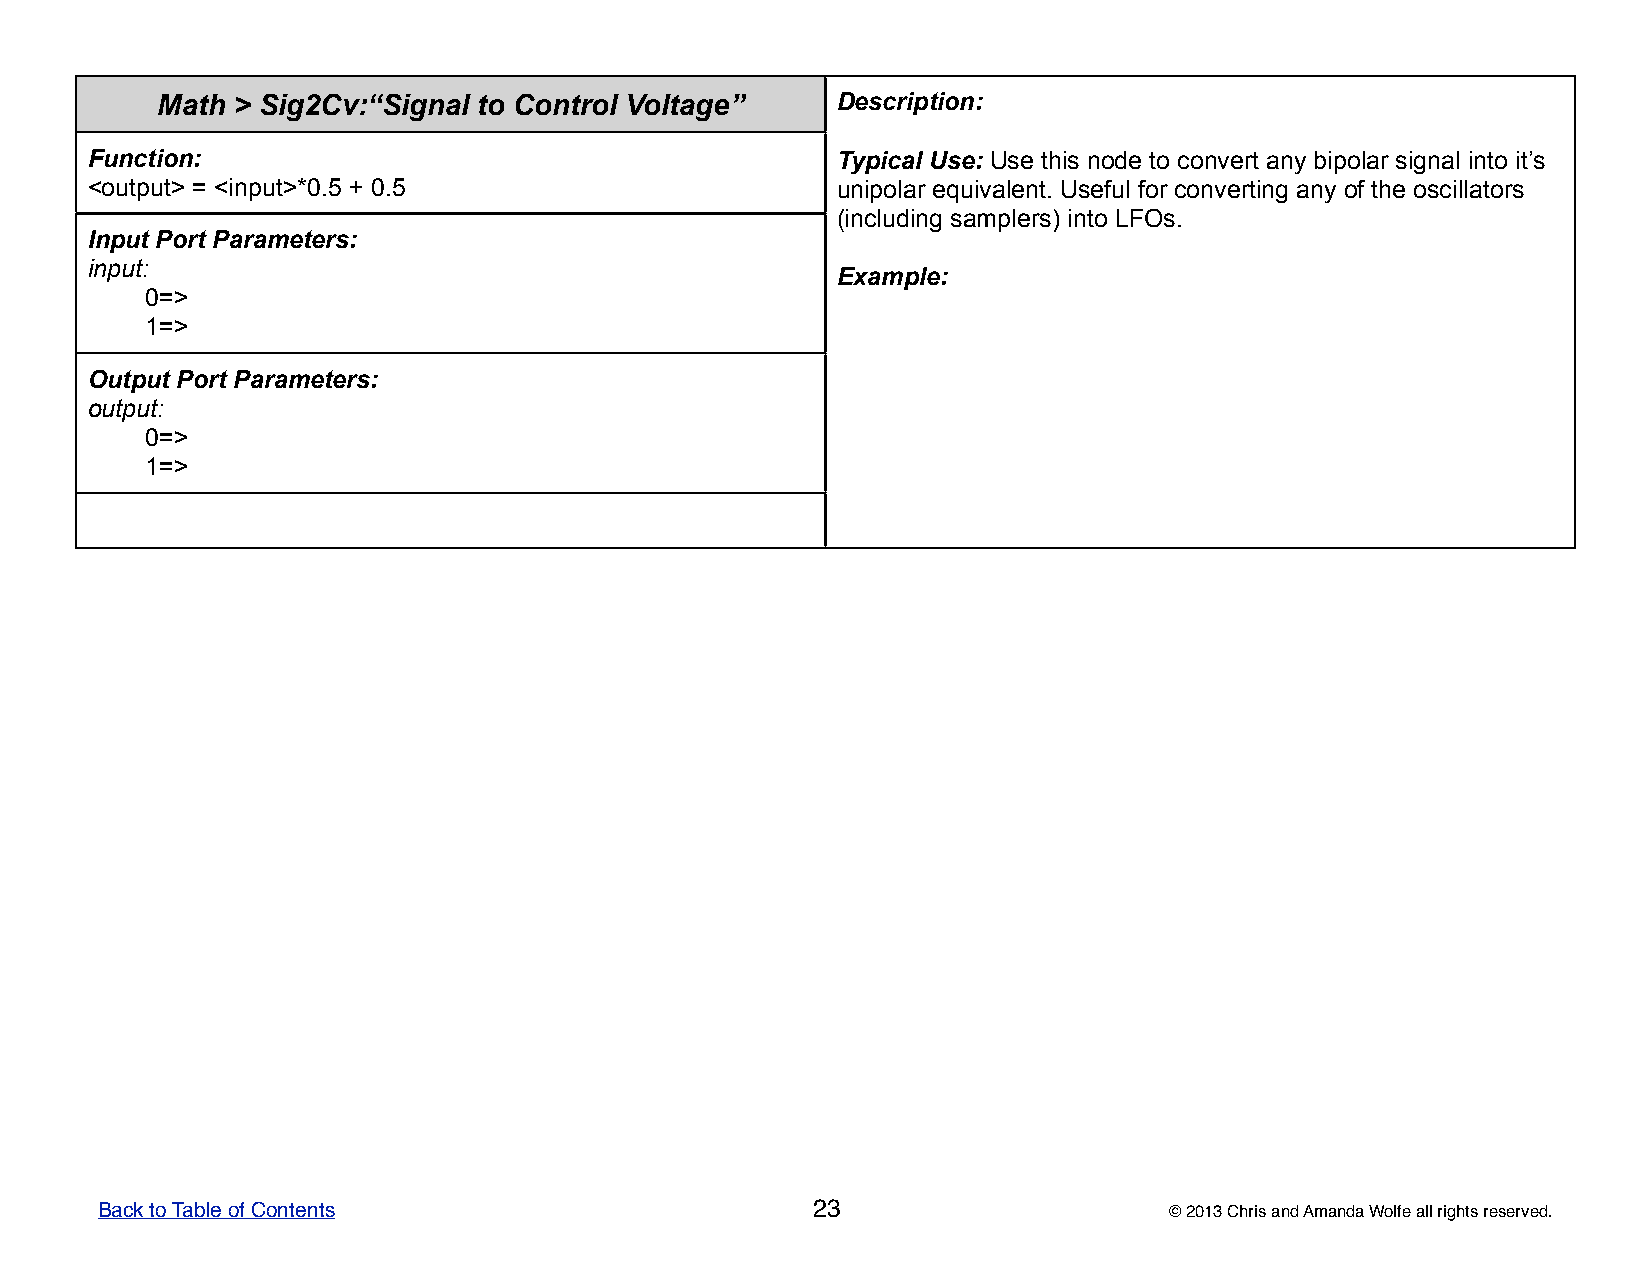
Math > Sig2Cv:“Signal to Control Voltage”    DDDDDeeeeessssscccccrrrrriiiiippppptttttiiiiiooooonnnnn:::::
 Function:                                        TTTTTyyyyypppppiiiiicccccaaaaalllll UUUUUssssseeeee::::: UUUUUssssseeeee ttttthhhhhiiiiisssss nnnnnooooodddddeeeee tttttooooo cccccooooonnnnnvvvvveeeeerrrrrttttt aaaaannnnnyyyyy bbbbbiiiiipppppooooolllllaaaaarrrrr sssssiiiiigggggnnnnnaaaaalllll iiiiinnnnntttttooooo iiiiittttt’’’’’sssss
 <output> = <input>*0.5 + 0.5                     uuuuunnnnniiiiipppppooooolllllaaaaarrrrr eeeeeqqqqquuuuuiiiiivvvvvaaaaallllleeeeennnnnttttt..... UUUUUssssseeeeefffffuuuuulllll fffffooooorrrrr cccccooooonnnnnvvvvveeeeerrrrrtttttiiiiinnnnnggggg aaaaannnnnyyyyy ooooofffff ttttthhhhheeeee ooooosssssccccciiiiillllllllllaaaaatttttooooorrrrrsssss
 (((((iiiiinnnnncccccllllluuuuudddddiiiiinnnnnggggg sssssaaaaammmmmpppppllllleeeeerrrrrsssss))))) iiiiinnnnntttttooooo LLLLLFFFFFOOOOOsssss.....
 Input Port Parameters:
 input:
 EEEEExxxxxaaaaammmmmpppppllllleeeee:::::
 0=>
 1=>
 Output Port Parameters:
 output:
 0=>
 1=>
 Back to Table of Contents                       23                     © 2013 Chris and Amanda Wolfe all rights reserved.